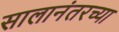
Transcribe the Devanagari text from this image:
सालानंतरच्या